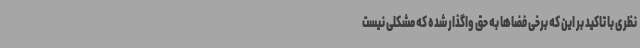
نظری با تاکید بر این که برخی فضاها به حق واگذار شده که مشکلی نیست